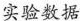
实验数据